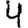
Digit: 4